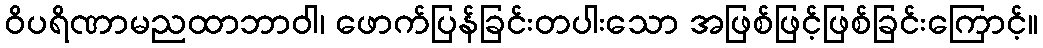
ဝိပရိဏာမညထာဘာဝါ၊ ဖောက်ပြန်ခြင်းတပါးသော အဖြစ်ဖြင့်ဖြစ်ခြင်းကြောင့်။